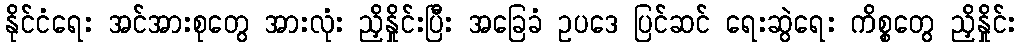
နိုင်ငံရေး အင်အားစုတွေ အားလုံး ညှိနှိုင်းပြီး အခြေခံ ဥပဒေ ပြင်ဆင် ရေးဆွဲရေး ကိစ္စတွေ ညှိနှိုင်း